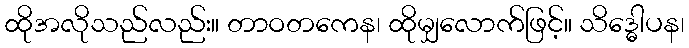
ထိုအလိုသည်လည်း။ တာဝတကေန၊ ထိုမျှလောက်ဖြင့်။ သိဒ္ဓေါပန၊